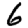
Digit: 6